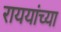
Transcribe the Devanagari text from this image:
राययांच्या